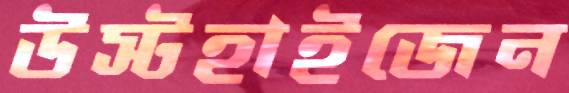
উস্টহাইজেন